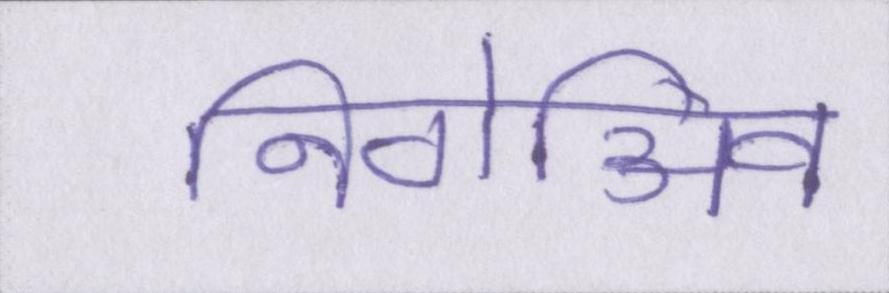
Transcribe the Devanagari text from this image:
निगेअिव